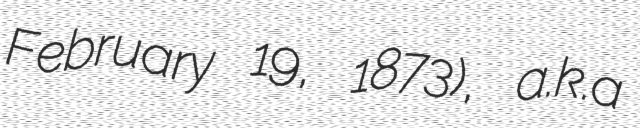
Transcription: February 19, 1873), a.k.a